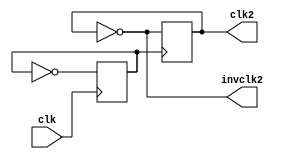
module  clkdiv2 (clk,invclk2,clk2);
    input wire clk;
    output wire invclk2,clk2;

    reg clk1reg = 0;
    reg clk2reg = 0;

    always @ ( posedge clk ) begin
         clk1reg = ~clk1reg;
    end

    always @ (posedge clk1reg) begin
            clk2reg = ~clk2reg;
    end

    assign invclk2 = ~clk2reg;
    assign clk2 = clk2reg;
    
endmodule